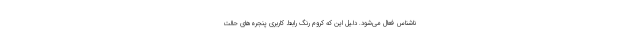
ناشناس فعال می‌شود. دلیل این که کروم رنگ رابط کاربری پنجره‌های حالت